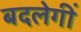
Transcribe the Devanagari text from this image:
बदलेगीं